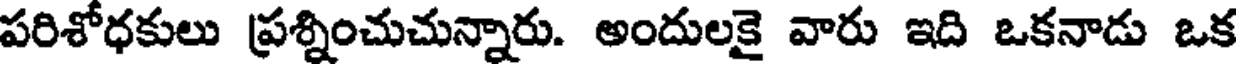
పరిశోధకులు ప్రశ్నించుచున్నారు. అందులకై వారు ఇది ఒకనాడు ఒక